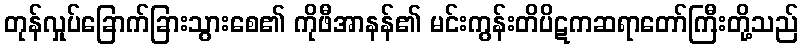
တုန်လှုပ်ခြောက်ခြားသွားစေ၏ ကိုဖီအာနန်၏ မင်းကွန်းတိပိဋကဆရာတော်ကြီးတို့သည်